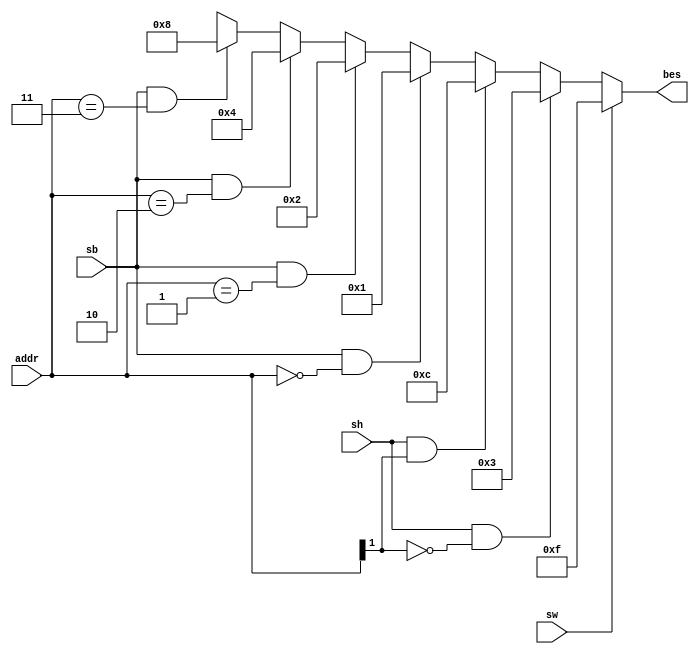
module be_save(sw,sb,sh,addr,bes);
  input             sw,sb,sh;
  input    [1:0]    addr;
  output   [3:0]    bes;
  
  assign  bes=
     (sw)? 4'b1111:
     (sh&&(addr[1]==1'b0))?   4'b0011:
     (sh&&(addr[1]==1'b1))?   4'b1100:
     (sb&&(addr==2'b00))  ?   4'b0001:
     (sb&&(addr==2'b01))  ?   4'b0010:
     (sb&&(addr==2'b10))  ?   4'b0100:
     (sb&&(addr==2'b11))  ?   4'b1000:
                                       4'bxxxx;
                                       
 endmodule